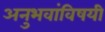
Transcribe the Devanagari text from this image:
अनुभवांविषयी